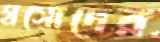
গ্রসোদের